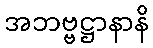
အဘဗ္ဗဋ္ဌာနာနိ